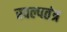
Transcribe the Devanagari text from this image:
स्वल्पतंत्र